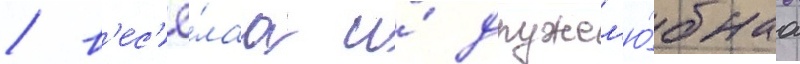
/ в'ес'ё́лаа и́ дружел'ю́бнаа